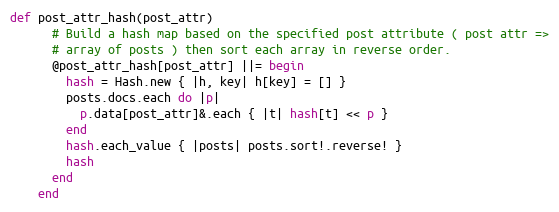
Language: Ruby
def post_attr_hash(post_attr)
      # Build a hash map based on the specified post attribute ( post attr =>
      # array of posts ) then sort each array in reverse order.
      @post_attr_hash[post_attr] ||= begin
        hash = Hash.new { |h, key| h[key] = [] }
        posts.docs.each do |p|
          p.data[post_attr]&.each { |t| hash[t] << p }
        end
        hash.each_value { |posts| posts.sort!.reverse! }
        hash
      end
    end